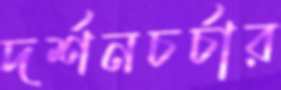
দর্শনচর্চার